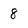
Character: 8